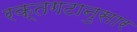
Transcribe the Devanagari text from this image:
रक्तगटानुसार